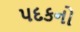
પદકનો